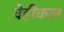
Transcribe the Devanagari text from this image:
वेहीकल